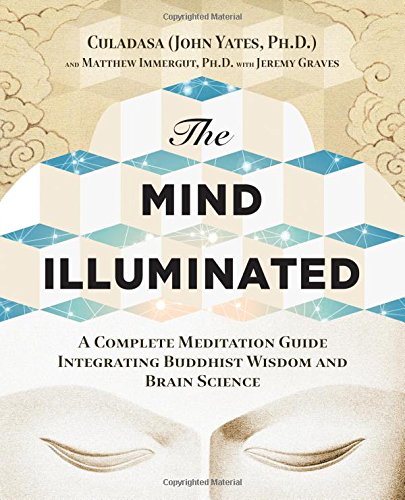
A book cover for The Mind Illuminated: A Complete Meditation Guide Integrating Buddhist Wisdom and Brain Science; Culadasa John Yates Ph.D; Medical Books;